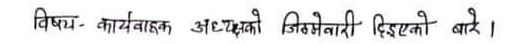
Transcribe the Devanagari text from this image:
विषय - कार्यवाहक अध्यक्षको जिम्मेवारी दिइएको बारे ।